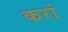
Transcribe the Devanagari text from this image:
करां